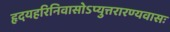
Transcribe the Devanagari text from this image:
हृदयहरिनिवासोऽप्युत्तरारण्यवासः